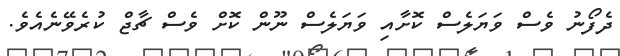
ދެފޯނު ވެސް ވަޔަލެސް ކޮށާއި ވަޔަލެސް ނޫން ކޮށް ވެސް ޗާޖް ކުރެވޭނެއެވެ.